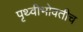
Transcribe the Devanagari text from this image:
पृथ्वीभोवतीच